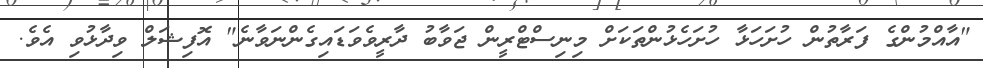
"އާއްމުންގެ ފަރާތުން ހުށަހަޅާ ހުށަހެޅުންތަކަށް މިނިސްޓްރީން ޖަވާބު ދާރީވެވަޑައިގެންނަވާނެ" އޮފިޝަލް ވިދާޅުވި އެވެ.